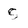
Character: s